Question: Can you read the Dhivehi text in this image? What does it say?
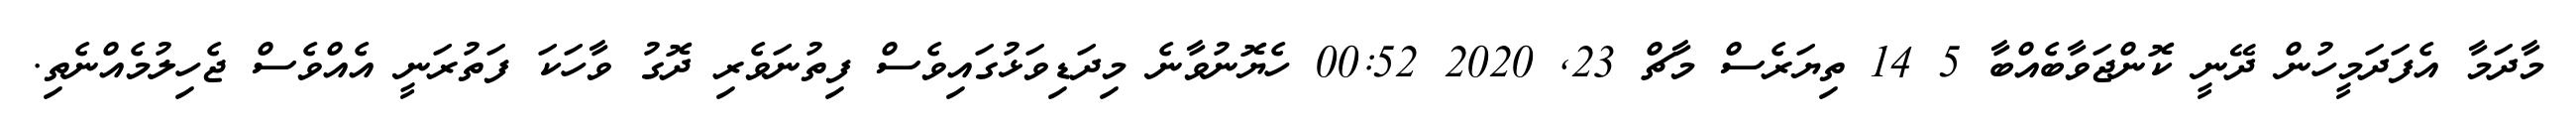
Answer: މާދަމާ އެފަދަމީހުން ދޭނީ ކޮންޖަވާބެއްބާ 5 14 ތިޔަރެސް މާޗް 23, 2020 00:52 ހެޔޮނުވާނެ މިދަޑިވަޅުގައިވެސް ފިތުނަވެރި ދޮގު ވާހަކަ ފަތުރަނީ އެއްވެސް ޖެހިލުމެއްނެތި.